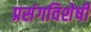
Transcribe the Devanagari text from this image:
प्रसंगविशेषीं